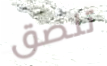
تلصق